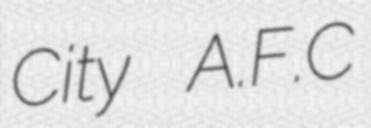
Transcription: City A.F.C